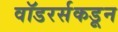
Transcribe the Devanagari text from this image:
वॉडरर्सकडून